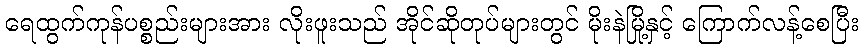
ရေထွက်ကုန်ပစ္စည်းများအား လိုးဖူးသည် အိုင်ဆိုတုပ်များတွင် မိုးနဲမြို့နှင့် ကြောက်လန့်စေပြီး